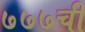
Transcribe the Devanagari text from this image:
७७७ची